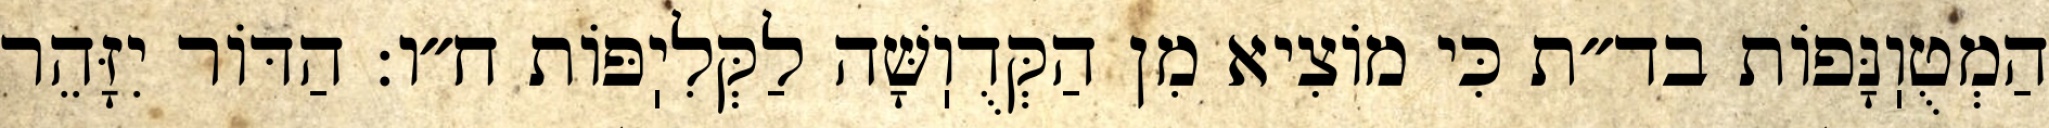
הַמְטֻוֽנָּפוֹת בד״ת כִּי מוֹצִיא מִן הַקְּדֻוֽשָּׁה לַקְּלִיֽפּוֹת ח״ו: הַדּוֹר יִזָּהֵר